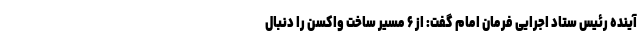
آینده رئیس ستاد اجرایی فرمان امام گفت: از ۶ مسیر ساخت واکسن را دنبال